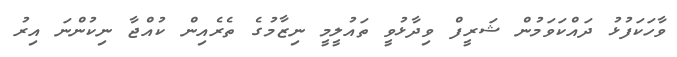
ވާހަކަފުޅު ދައްކަވަމުން ޝަރީފް ވިދާޅުވީ ތައުލީމީ ނިޒާމުގެ ތެރެއިން ކުއްޖާ ނިކުންނަ އިރު